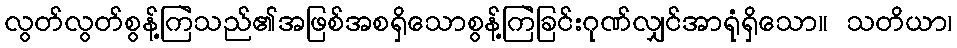
လွတ်လွတ်စွန့်ကြဲသည်၏အဖြစ်အစရှိသောစွန့်ကြဲခြင်းဂုဏ်လျှင်အာရုံရှိသော။ သတိယာ၊